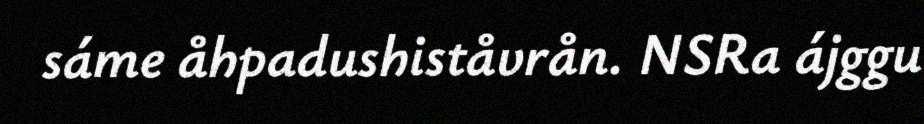
sáme åhpadushiståvrån. NSRa ájggu